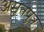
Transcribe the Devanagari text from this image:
अमृतपुत्र